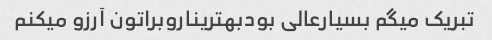
تبریک میگم بسیارعالی بودبهتریناروبراتون آرزو میکنم